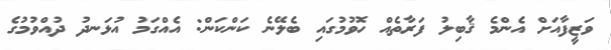
ވަޒީފާއަށް އެންމެ ޤާބިލު ފަރާތެއް ހޮވުމުގައި ބެލޭނެ ކަންކަން: އެއްގަމު އުޅަނދު ދުއްވުމުގެ